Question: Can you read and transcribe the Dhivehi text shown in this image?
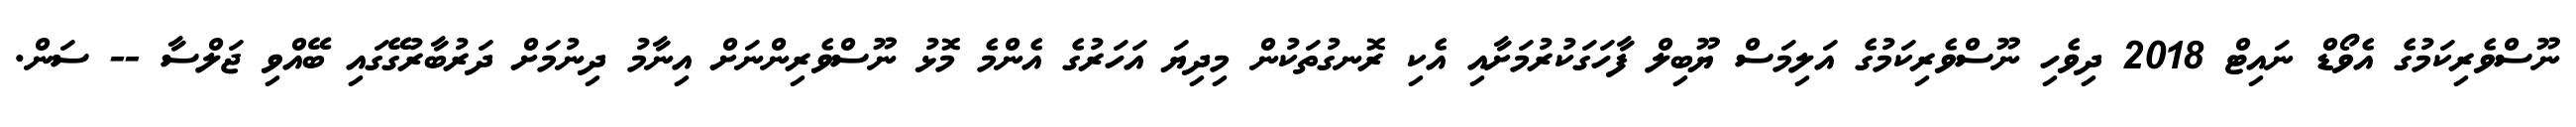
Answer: ނޫސްވެރިކަމުގެ އެވޯޑް ނައިޓް 2018 ދިވެހި ނޫސްވެރިކަމުގެ އަލިމަސް ޔޫބިލް ފާހަގަކުރުމަށާއި އެކި ރޮނގުތަކުން މިދިޔަ އަހަރުގެ އެންމެ މޮޅު ނޫސްވެރިންނަށް އިނާމު ދިނުމަށް ދަރުބާރުގޭގައި ބޭއްވި ޖަލްސާ -- ސަން.